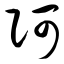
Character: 阿